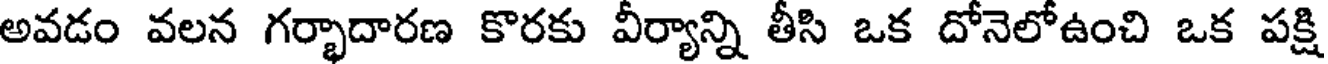
అవడం వలన గర్భాదారణ కొరకు వీర్యాన్ని తీసి ఒక దోనెలోఉంచి ఒక పక్షి